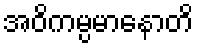
အဝိကမ္ပမာနောတိ